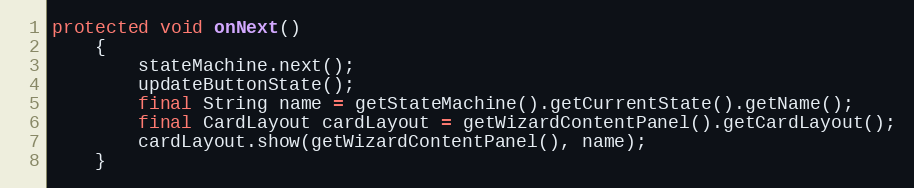
Language: Java
protected void onNext()
	{
		stateMachine.next();
		updateButtonState();
		final String name = getStateMachine().getCurrentState().getName();
		final CardLayout cardLayout = getWizardContentPanel().getCardLayout();
		cardLayout.show(getWizardContentPanel(), name);
	}